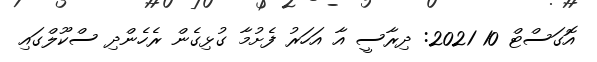
އޮގަސްޓް 10 2021: ދިރާސީ އާ އަހަރު ފެށުމާ ގުޅިގެން ރެހެންދި ސްކޫލްގައި